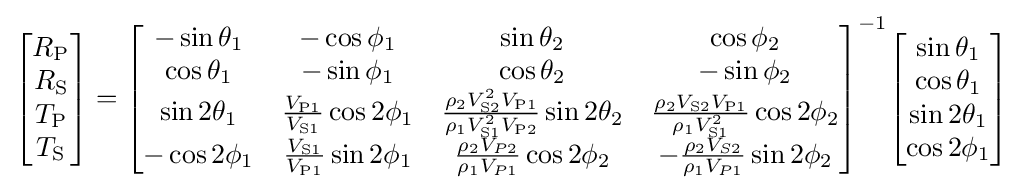
{\begin{bmatrix}R_{\mathrm {P} }\\R_{\mathrm {S} }\\T_{\mathrm {P} }\\T_{\mathrm {S} }\\\end{bmatrix}}={\begin{bmatrix}-\sin \theta _{1}&-\cos \phi _{1}&\sin \theta _{2}&\cos \phi _{2}\\\cos \theta _{1}&-\sin \phi _{1}&\cos \theta _{2}&-\sin \phi _{2}\\\sin 2\theta _{1}&{\frac {V_{\mathrm {P1} }}{V_{\mathrm {S1} }}}\cos 2\phi _{1}&{\frac {\rho _{2}V_{\mathrm {S2} }^{2}V_{\mathrm {P1} }}{\rho _{1}V_{\mathrm {S1} }^{2}V_{\mathrm {P2} }}}\sin 2\theta _{2}&{\frac {\rho _{2}V_{\mathrm {S2} }V_{\mathrm {P1} }}{\rho _{1}V_{\mathrm {S1} }^{2}}}\cos 2\phi _{2}\\-\cos 2\phi _{1}&{\frac {V_{\mathrm {S1} }}{V_{\mathrm {P1} }}}\sin 2\phi _{1}&{\frac {\rho _{2}V_{P2}}{\rho _{1}V_{P1}}}\cos 2\phi _{2}&-{\frac {\rho _{2}V_{S2}}{\rho _{1}V_{P1}}}\sin 2\phi _{2}\end{bmatrix}}^{-1}{\begin{bmatrix}\sin \theta _{1}\\\cos \theta _{1}\\\sin 2\theta _{1}\\\cos 2\phi _{1}\\\end{bmatrix}}